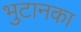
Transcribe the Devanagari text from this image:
भुटानका